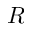
R